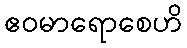
ဧဝမာရောစေဟိ